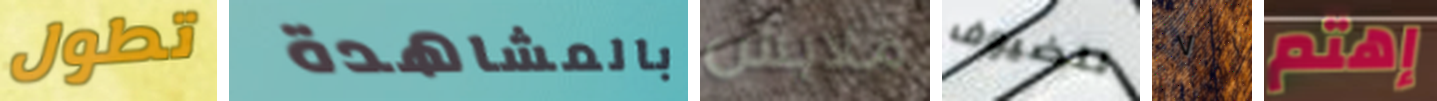
تطول بالمشاهدة ملابس للضيوف ٧ إهتم